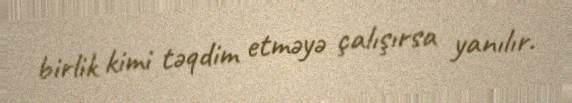
birlik kimi təqdim etməyə çalışırsa yanılır.